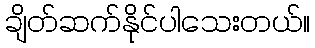
ချိတ်ဆက်နိုင်ပါသေးတယ်။